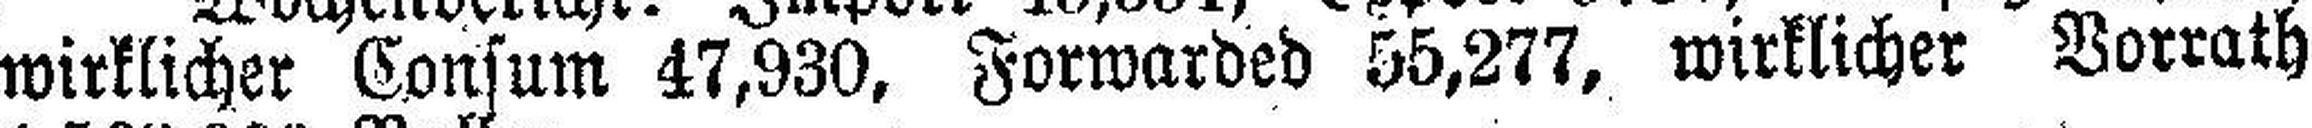
wirklicher Consum 47,930, Forwarded 55,277, wirklicher Vorrath